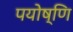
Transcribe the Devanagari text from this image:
पयोष्णि